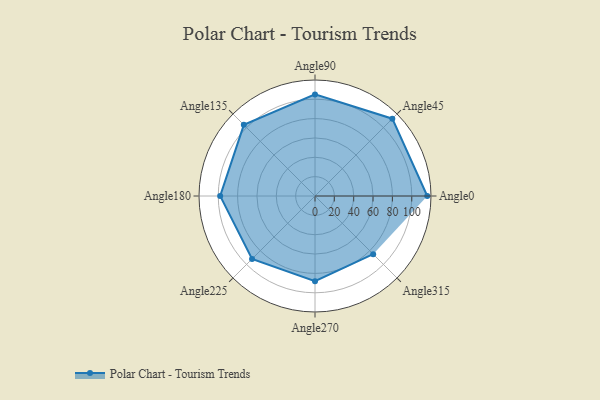
{"axis": {"x": "Angle", "y": "Radius"}, "legend": [""], "data": [{"x": "Angle0", "y": 116.0, "type": ""}, {"x": "Angle45", "y": 113.0, "type": ""}, {"x": "Angle90", "y": 105.0, "type": ""}, {"x": "Angle135", "y": 104.0, "type": ""}, {"x": "Angle180", "y": 98.0, "type": ""}, {"x": "Angle225", "y": 92.0, "type": ""}, {"x": "Angle270", "y": 88.0, "type": ""}, {"x": "Angle315", "y": 85.0, "type": ""}]}